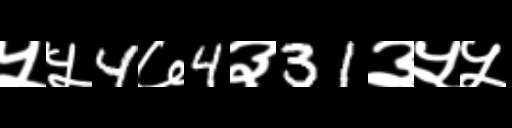
Text: ५५4७4३31३५५